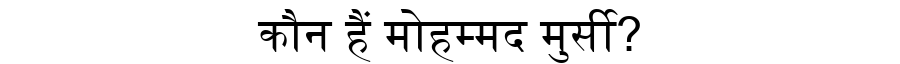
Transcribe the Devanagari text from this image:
कौन हैं मोहम्मद मुर्सी?